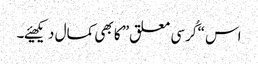
اس “کُرسی معلق” کا بھی کمال دیکھیئے۔